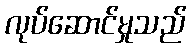
လုပ်ဆောင်မှုသည်